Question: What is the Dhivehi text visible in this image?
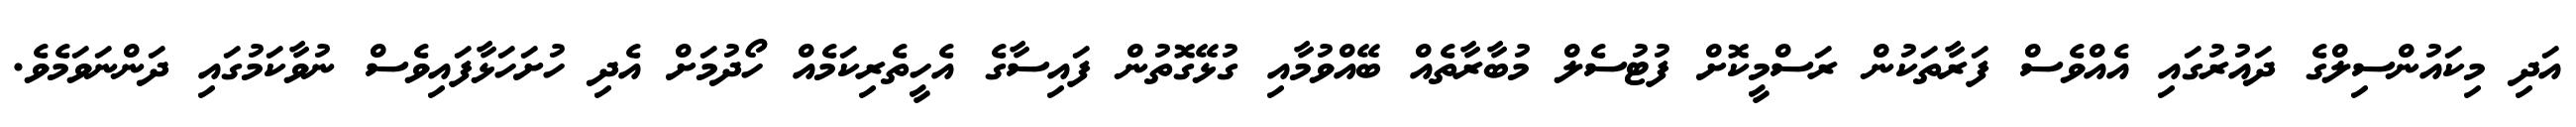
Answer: އަދި މިކައުންސިލްގެ ދައުރުގައި އެއްވެސް ފަރާތަކުން ރަސްމީކޮށް ފުޓުސެލް މުބާރާތެއް ބޭއްވުމާއި ގުޅޭގޮތުން ފައިސާގެ އެހީތެރިކަމެއް ހޯދުމަށް އެދި ހުށަހަޅާފައިވެސް ނުވާކަމުގައި ދަންނަވަމެވެ.